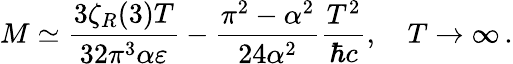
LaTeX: M\simeq\frac{3\zeta_{R}(3)T}{32\pi^{3}\alpha\varepsilon}-\frac{\pi^{2}-\alpha^{2}}{24\alpha^{2}}\frac{T^{2}}{\hbar c},\quad T\to\infty\, {.}